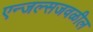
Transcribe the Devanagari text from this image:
एन्जल्सजवळील